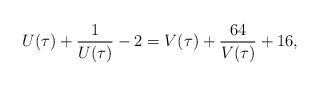
LaTeX: \begin{align*}U(\tau)+\frac{1}{U(\tau)}-2=V(\tau)+\frac{64}{V(\tau)}+16,\end{align*}